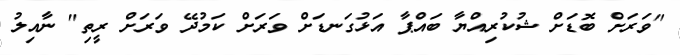
"ވަރަށް ބޮޑަށް ޝުކުރިއްޔާ ބައްޕާ އަޅުގަނޑަށް ވަރަށް ކަމުދޭ ވަރަށް ރީތި" ނާއިލު